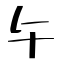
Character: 午